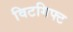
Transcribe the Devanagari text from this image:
विटगिफ्ट